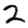
Digit: 2